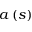
a \left( s \right)